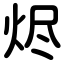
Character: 烬